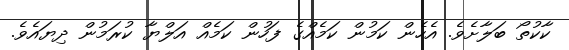
ކާކުތޯ ބަލާށެވެ. އެހެން ކަމުން ކަމެއްގެ ފަހުން ކަމެއް އަލްޔާ ކުރަމުން ދިޔައެވެ.